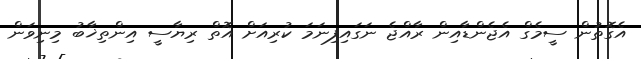
އެގޮތުން ސީމެގް އެޖެންޑާއިން ރާއްޖެ ނަގައިފިނަމަ ކުރިއަށް އޮތް ރިޔާސީ އިންތިޚާބު މިނިވަން